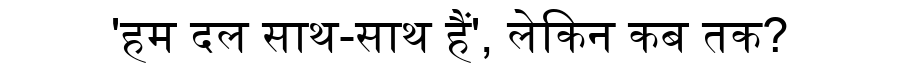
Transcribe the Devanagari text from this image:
'हम दल साथ-साथ हैं', लेकिन कब तक?